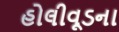
હોલીવૂડના